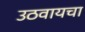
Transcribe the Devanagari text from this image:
उठवायचा